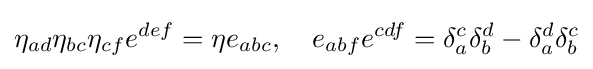
\eta _{ad}\eta _{bc}\eta _{cf}e^{def}=\eta e_{abc},\quad e_{abf}e^{cdf}=\delta _{a}^{c}\delta _{b}^{d}-\delta _{a}^{d}\delta _{b}^{c}